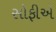
સોફીએ